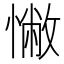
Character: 𢠳